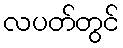
လပတ်တွင်